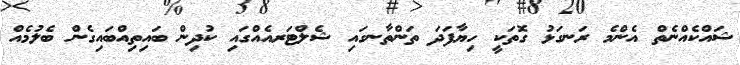
ޝައްކެއްނެތް އެންމެ ރަނގަޅު ގޮތަކީ ހިޔާފަދަ ތަންތާނގައި ޝެލްޓަރއެއްގައި ކުދިން ބައިތިއްބައިގެން ބެލުމެއް